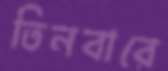
তিনবারে